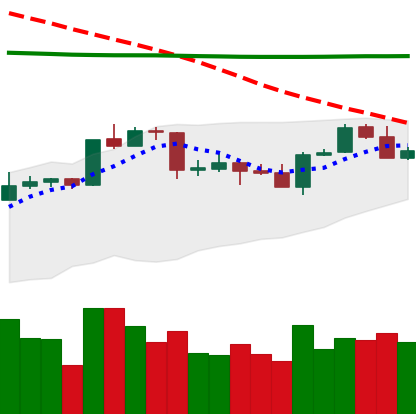
Ticker: ADA-USD
Chart end date: 2020-04-21
Forward return: 32.216%
Label: up_7plus